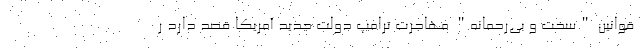
قوانین "سخت و بی‌رحمانه" مهاجرت ترامپ دولت جدید آمریکا قصد دارد ر